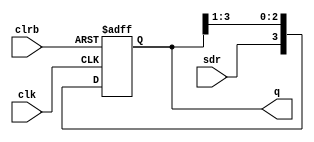
module rshift(input clk,input clrb,input sdr,output reg [3:0]q);
always @(posedge(clk),negedge(clrb))
if(~clrb)
q<=4'b0000;
else
q<={sdr,q[3:1]};
endmodule